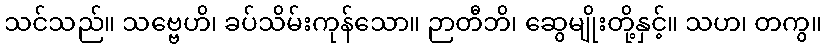
သင်သည်။ သဗ္ဗေဟိ၊ ခပ်သိမ်းကုန်သော။ ဉာတီဘိ၊ ဆွေမျိုးတို့နှင့်။ သဟ၊ တကွ။